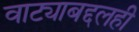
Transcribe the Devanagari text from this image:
वाट्याबद्दलही